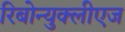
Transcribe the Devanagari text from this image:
रिबोन्युक्लीएज